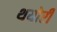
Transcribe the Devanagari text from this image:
थयोरी